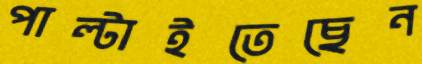
পাল্‌টাইতেছেন